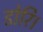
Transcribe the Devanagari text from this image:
डोरि।